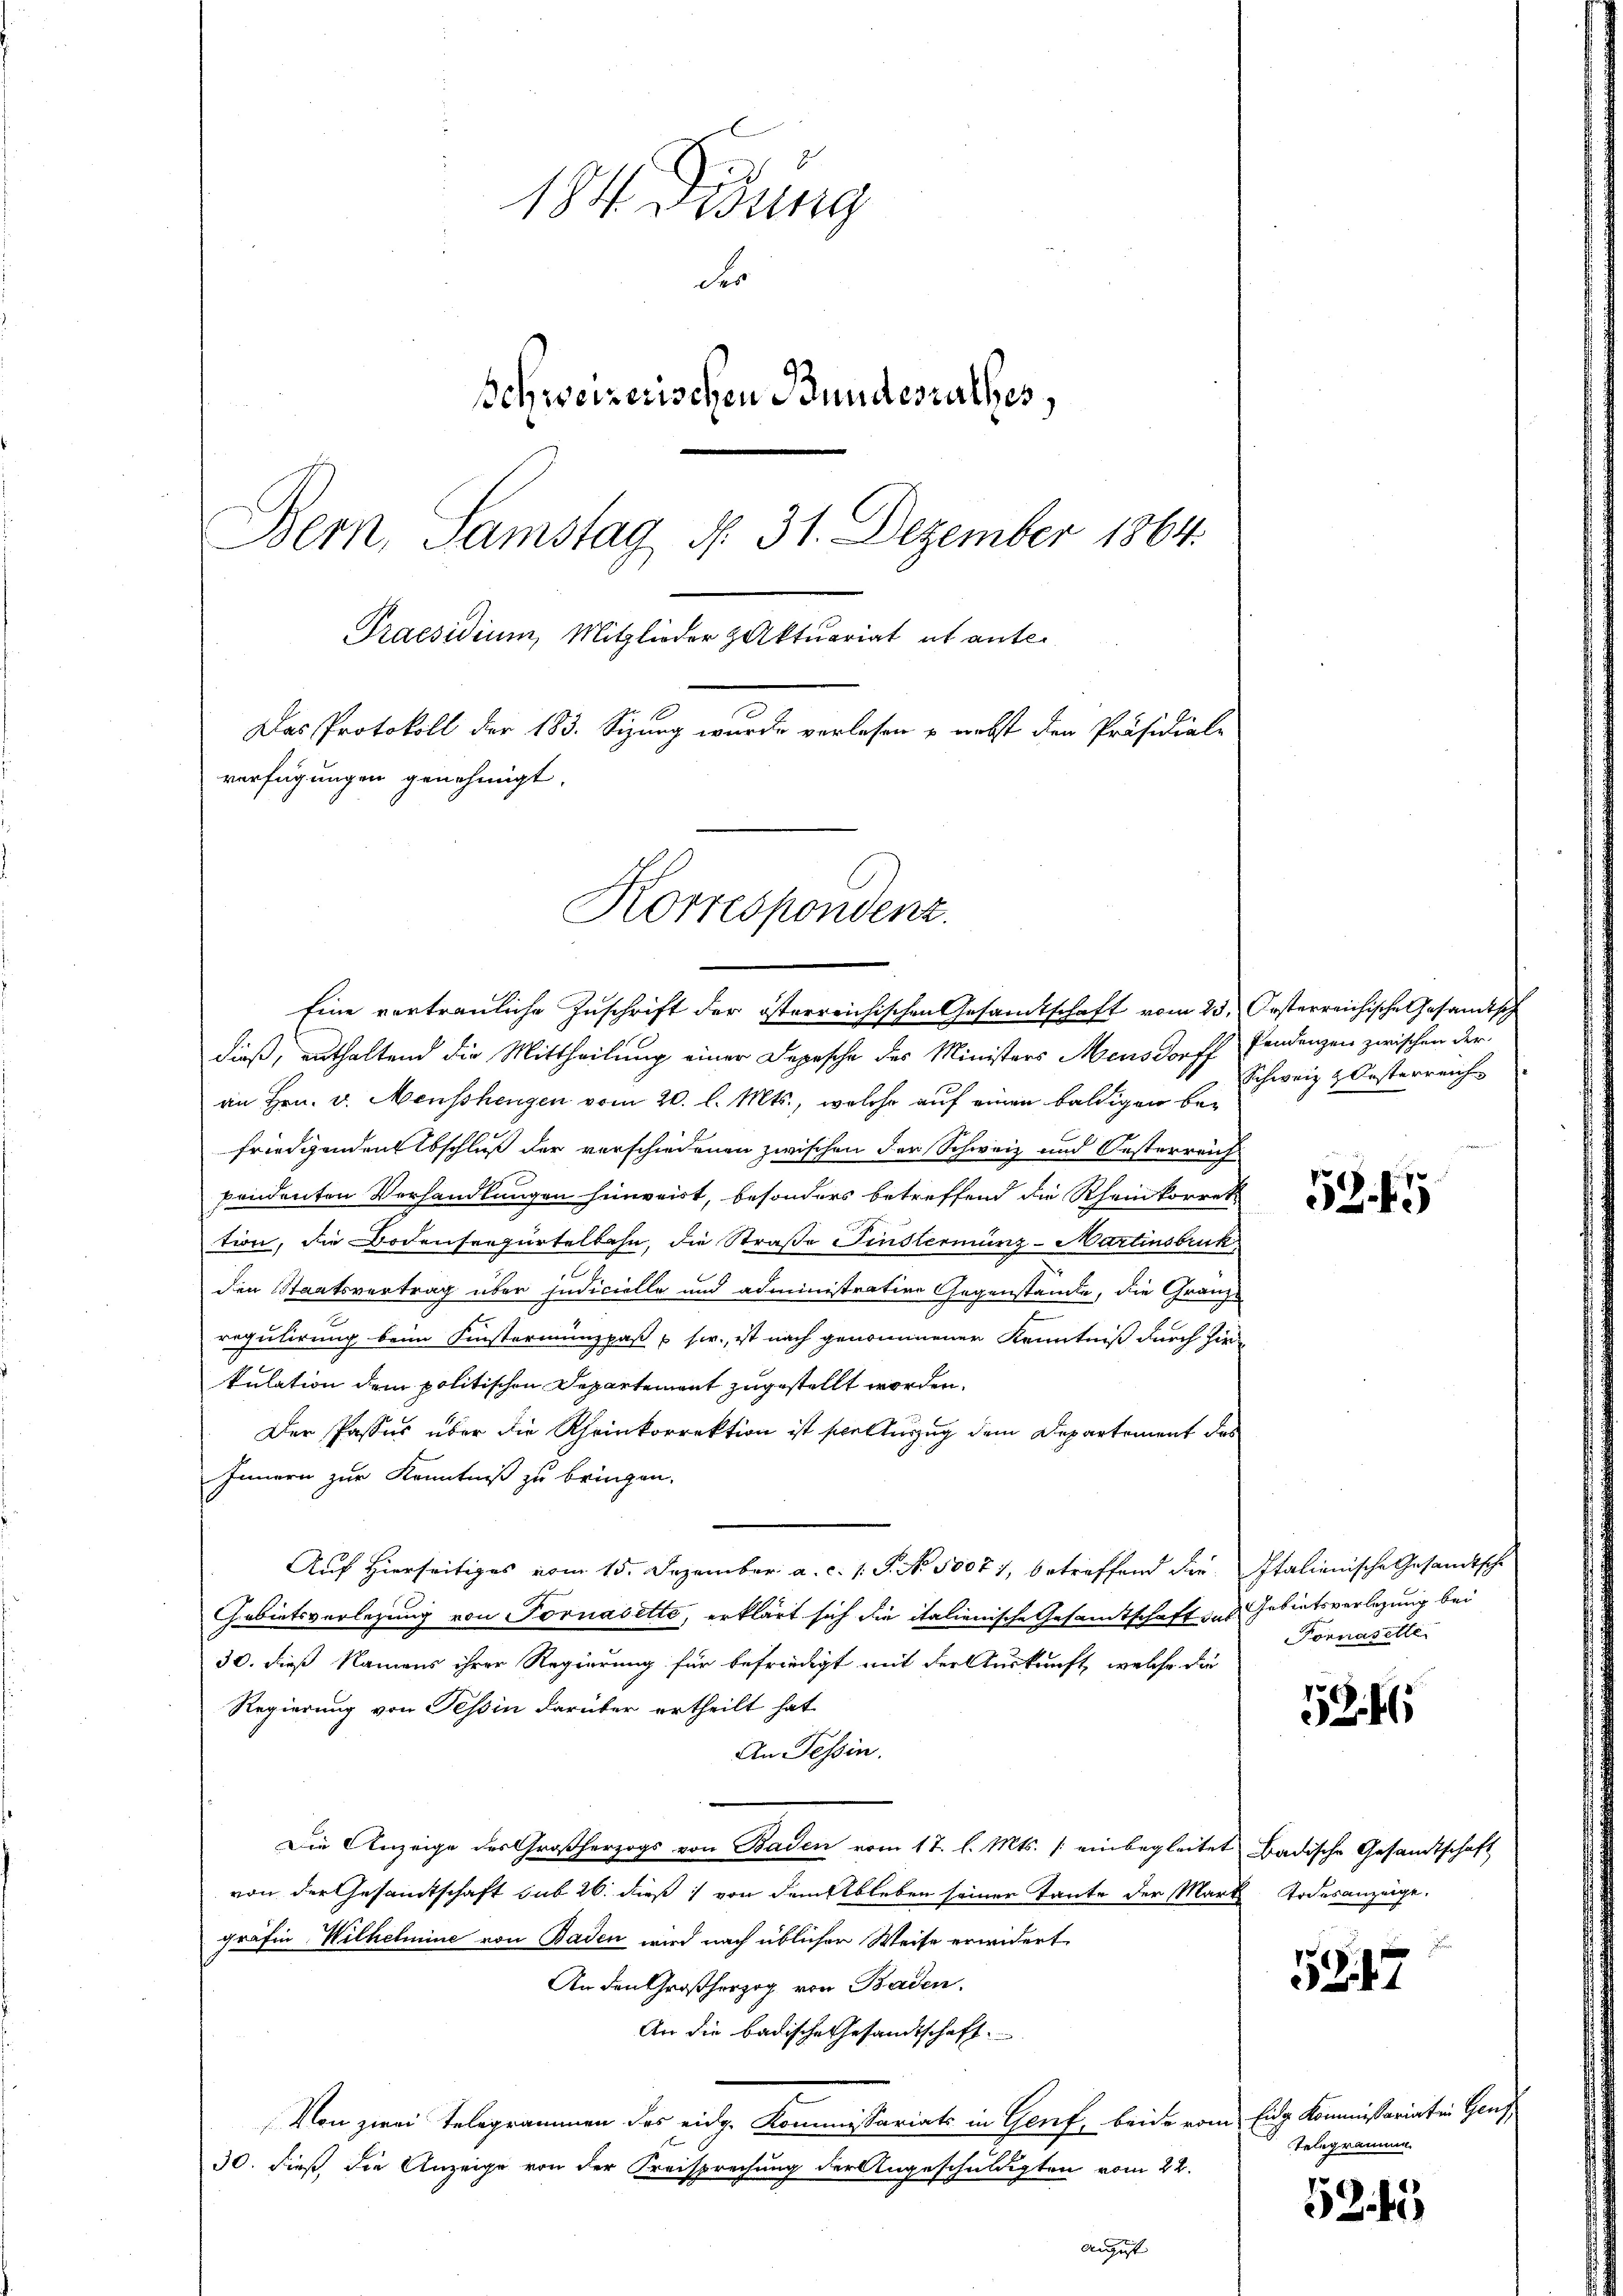
184 didung
der
Schweizerischen Bundesrathes,
Bern, Samstag d. 31. Dezember 1864.
Praesidium, Mitglieder Aktuariat es anter
Das Protokoll der 183. Sizung wurde verlesen & nebst den Präsidiale
verfügungen genehmigt.
Korrespondenz.

Eine vertrauliche Zuschrift der österreichischen Gesamtschaft vom 23. Oesterreichische Gesandtsch
dieß, enthaltend die Mittheilung einer Depesche des Ministers Mensdorff Pendenzen zwischen deran Hrn. v. Menschengen vom 20. l. Mts., welche auf einen baldigen befriedigenden Abschluß der verschiedenen zwischen der Schweiz und Oesterreich
pendenten Verhandlungen hinweist, besonders betreffend die Rheinkorret
tion, die Bodensrepartelbahn, die Straße Finslermünz- Martinsbruk
den Staatsvertrag über judicielle und administrative Gegenstände, die Gränze
regulirung beim Finsterminzpaß  sr. ist nach genommener Kenntniß durch Hirkulation dem politischen Departement zugestellt worden.
Der Passes über die Rheinkorrektion ist sceltung dem Departement des
Innern zur Kenntniß zu bringen.
Auf Hierseitiges vom 15. Dezember a. c. 1 S. No 10071, betreffend die Italienische Gesandtsche
Gebietsverlegung von Fornasette, erklärt sich die italienische Gesandtschaft des Gebietsverlegung bei
30. dieß Namens ihrer Regierung für befriedigt mit der Auskunft, welche die
Regierung von Tessin darüber ertheilt hat.
An Tessin.
Die Anzeige des Großherzogs von Baden vom 17. l. Mts. [einbegleitet Badische Gesandtschaft
von der Gesandtschaft sub 26. dieß von dem Ableben seiner Tante der Mark Todesanzeige,
gräfin Wilhelmine von Baden wird nach üblicher Weise erwidert
An den Großherzog von Baden.
An die badische Gesandtschaft.
Von zwei Telegrammen des eidg. Kommissariats in Genf, beide vom Eidge kommissariaten Gens¬
30. dieß, die Anzeige von der Kreisprechung der Angeschuldigten vom 22.
August

Schweiz & Oesterreich

52. 49

Fornasette

53. 4

59. 47

Telegramme

521